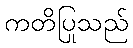
ကတိပြုသည်